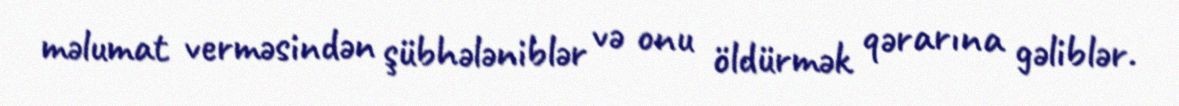
məlumat verməsindən şübhələniblər və onu öldürmək qərarına gəliblər.